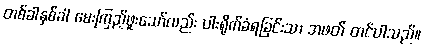
တစ်ခါနှစ်ခါ မေးကြည့်ဖူးသော်လည်း ပါးရိုက်ခံရခြင်းသာ အဖတ် တင်ပါသည်။